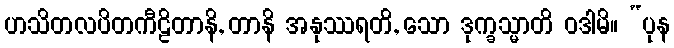
ဟသိတလပိတကီဠိတာနိ, တာနိ အနုဿရတိ, သော ဒုက္ခသ္မာတိ ဝဒါမိ။ “ပုန